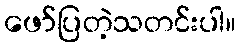
ဖော်ပြတဲ့သတင်းပါ။